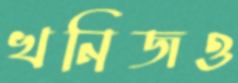
খনিজও